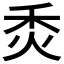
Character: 𤇫